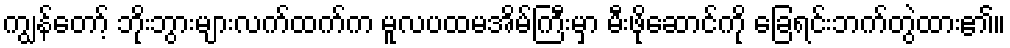
ကျွန်တော့် ဘိုးဘွားများလက်ထက်က မူလပထမအိမ်ကြီးမှာ မီးဖိုဆောင်ကို ခြေရင်းဘက်တွဲထား၏။